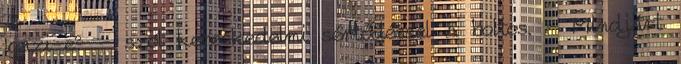
Igazi-e? - szól kereskedelmi sértődéssel a boltos. - Mindjárt